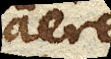
aere